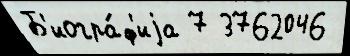
Б'иогра́ф'иjа 7 3762046